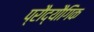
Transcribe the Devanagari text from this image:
प्रौद्यौगिक